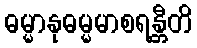
ဓမ္မာနုဓမ္မမာစရန္တီတိ